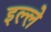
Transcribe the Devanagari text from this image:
इल्ले